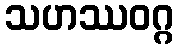
သဟဿဝဂ္ဂ